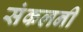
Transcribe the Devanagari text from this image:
संकलनी